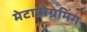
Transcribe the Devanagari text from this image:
मेटाप्रोग्रमिंग